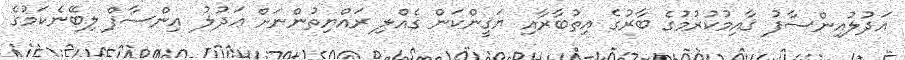
ޢަދުލުއިންސާފު ޤާއިމުކުރުމުގެ ބާރުގެ އިތުބާރާއި ޔަޤީންކަން ގެއްލި ރައްޔިތުންނަށް ޢަދުލު އިންސާފް ލިބޭނެކަމުގެ